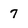
Character: 7